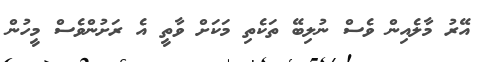
އޭރު މާލެއިން ވެސް ނުލިބޭ ތަކެތި މަކަށް ވާތީ އެ ރަށުންވެސް މީހުން